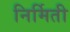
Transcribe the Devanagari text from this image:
निर्मिती